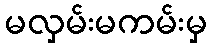
မလှမ်းမကမ်းမှ